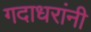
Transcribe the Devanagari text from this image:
गदाधरांनी